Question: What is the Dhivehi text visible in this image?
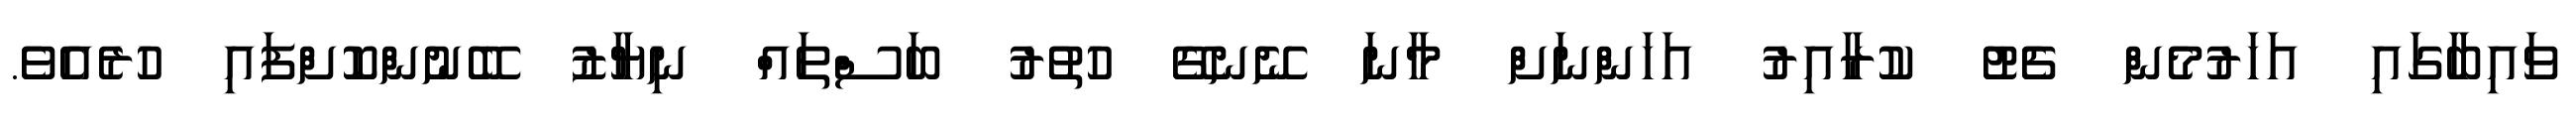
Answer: ވައިބާގައި އަހަރުމެން ޗެޓު ކުރާއިރު އަހަންނަށް މާނަ ނޭނގޭ ހުތުރު ބަސްތައް ނިޔާޒު ބޭނުންކޮށްފައި ހުރެއެވެ.